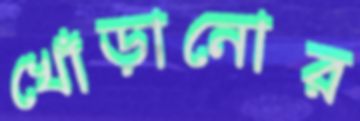
খোঁড়ানোর